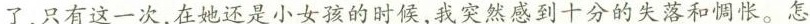
了，只有这一次，在她还是小女孩的时候，我突然感到十分的失落和惆怅。怎